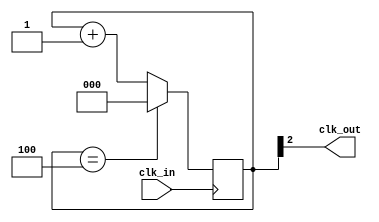
//- divM.v
//With thanks to Obijuan
//https://github.com/Obijuan/open-fpga-verilog-tutorial/wiki/Cap%C3%ADtulo-15%3A-Divisor-de-frecuencias
module divM(input wire clk_in, output wire clk_out);
    
// default clock divider
parameter M = 5;
    
// number of bits necessary to count up to the divider
localparam N = $clog2(M);
    
reg [N-1:0] divcounter = 0;
    
//-- Contador mdulo M
always @(posedge clk_in)
  if (divcounter == M - 1) 
    divcounter <= 0;
  else 
    divcounter <= divcounter + 1;
    
//clock goes high when MSB is high
assign clk_out = divcounter[N-1];
    
endmodule